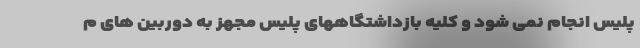
پلیس انجام نمی شود و کلیه بازداشتگاههای پلیس مجهز به دوربین های م